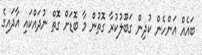
ބައެއް އަންހެން ކުދިން ގަބޫލުކުރާ ގޮތުން މާ ބޮޑަށް ގޮތް ނުދައްކައި އާދައިގެ